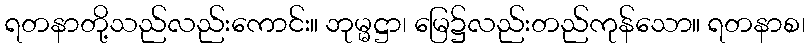
ရတနာတို့သည်လည်းကောင်း။ ဘုမ္မဋ္ဌာ၊ မြေ၌လည်းတည်ကုန်သော။ ရတနာစ၊